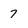
Character: 7